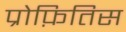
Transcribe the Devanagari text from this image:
प्रोफ़ितिस